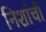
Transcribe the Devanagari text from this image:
निशांची